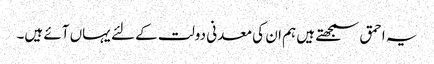
یہ احمق سمجھتے ہیں ہم ان کی معدنی دولت کے لئے یہاں آئے ہیں۔